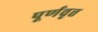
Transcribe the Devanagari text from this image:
पूर्णवृत्त